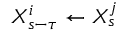
X _ { s - \tau } ^ { i } \leftarrow X _ { s } ^ { j }